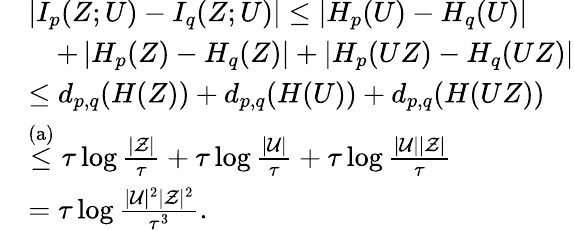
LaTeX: \begin{array}{rl}&{\left|I_{p}(Z;U)-I_{q}(Z;U)\right|\leq\left|H_{p}(U)-H_{q}(U)\right|}\\ &{\quad+\left|H_{p}(Z)-H_{q}(Z)\right|+\left|H_{p}(UZ)-H_{q}(UZ)\right|}\\ &{\leq d_{p,q}(H(Z))+d_{p,q}(H(U))+d_{p,q}(H(UZ))}\\ &{\stackrel{\mathrm{(a)}}{\leq}\tau\log\frac{|{\cal Z}|}{\tau}+\tau\log\frac{|{\cal U}|}{\tau}+\tau\log\frac{|{\cal U}||{\cal Z}|}{\tau}}\\ &{=\tau\log\frac{|{\cal U}|^{2}|{\cal Z}|^{2}}{\tau^{3}}.}\end{array}